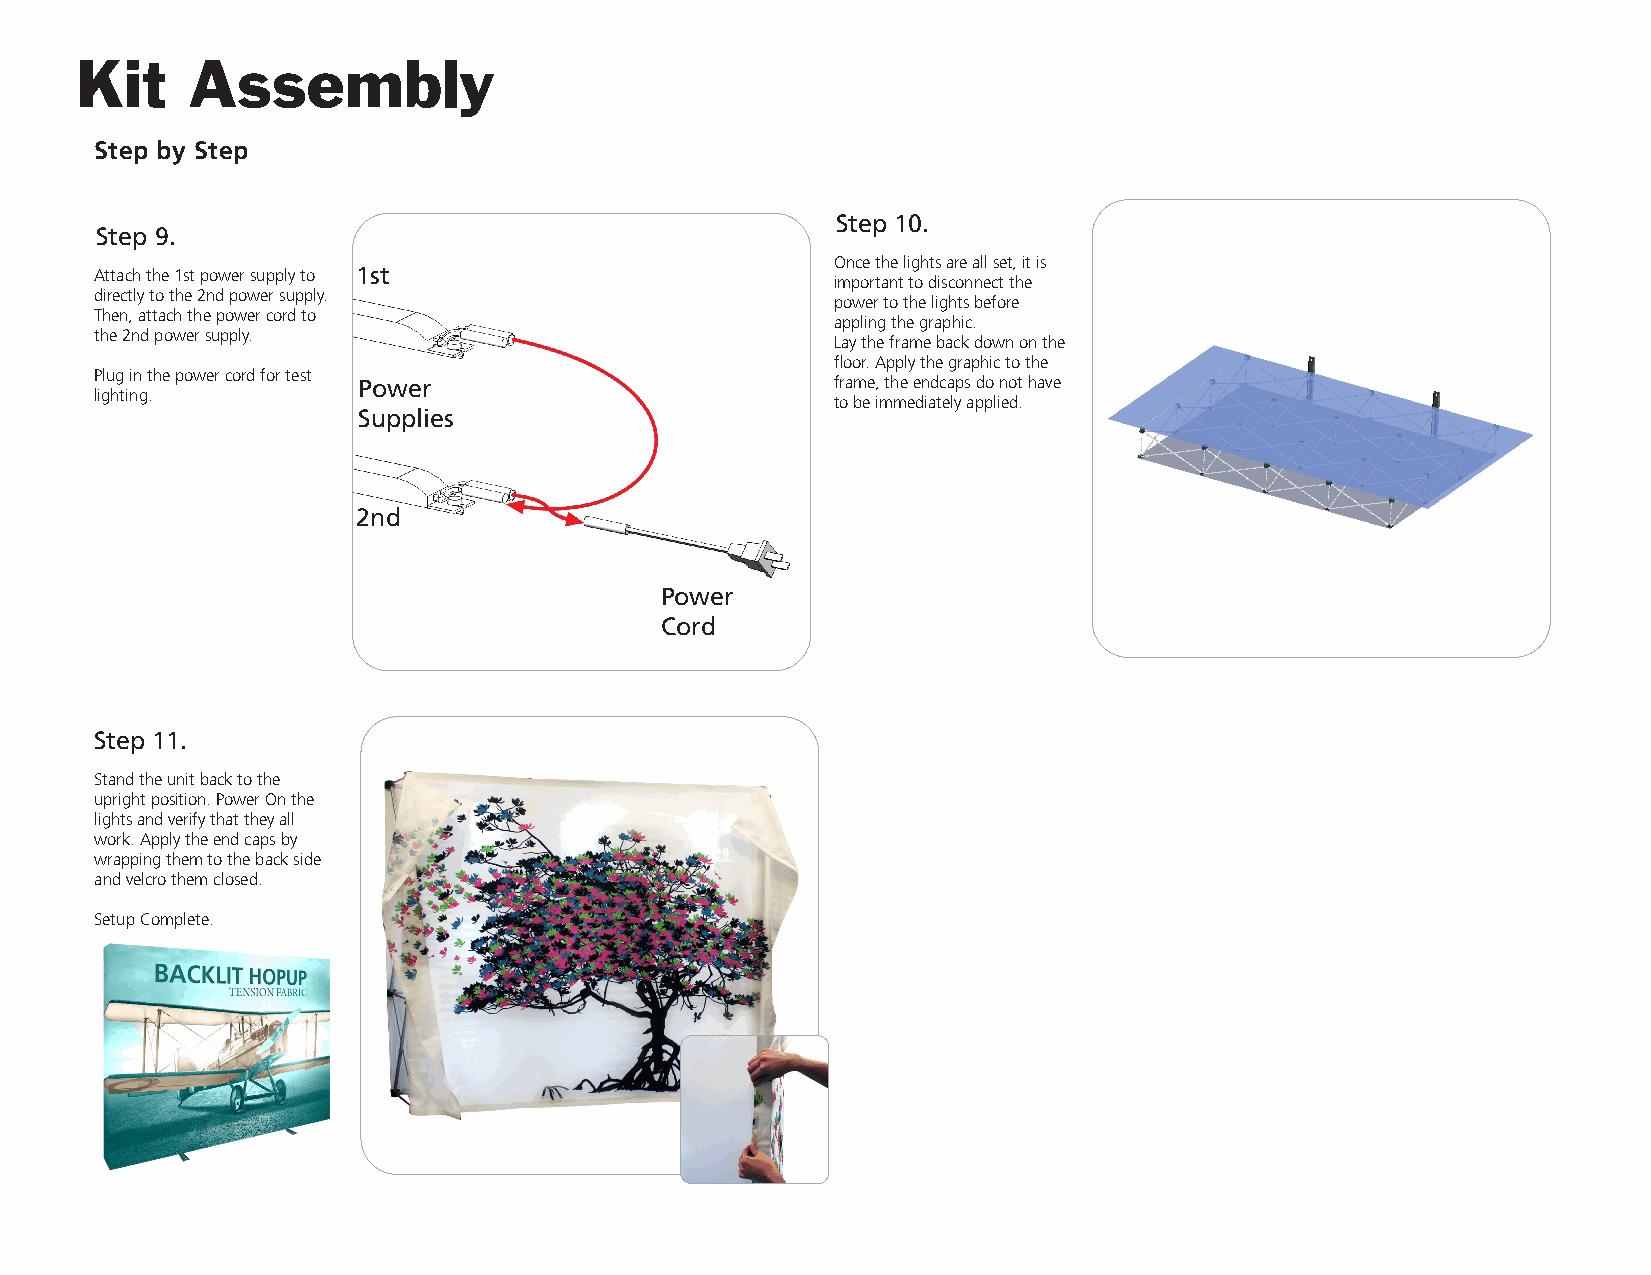
Kit    Assembly
 Step by Step
 Step 10.
 Step 9.
 Once the lights are all set, it is
 Attach the 1st power supply to 1st
 important to disconnect the
 directly to the 2nd power supply.
 power to the lights before
 Then, attach the power cord to
 appling the graphic.
 the 2nd power supply.
 Lay the frame back down on the
 floor. Apply the graphic to the
 Plug in the power cord for test
 Power                          frame, the endcaps do not have
 lighting.
 to be immediately applied.
 Supplies
 2nd
 Power
 Cord
 Step 11.
 Stand the unit back to the
 upright position. Power On the
 lights and verify that they all
 work. Apply the end caps by
 wrapping them to the back side
 and velcro them closed.
 Setup Complete.